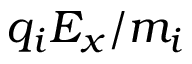
q _ { i } E _ { x } / m _ { i }